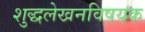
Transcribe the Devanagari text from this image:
शुद्धलेखनविषयक